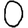
Digit: 0